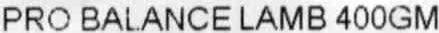
PRO BALANCE LAMB 400GM